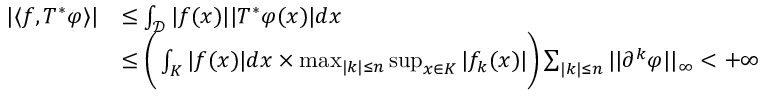
\begin{array} { r l } { | \langle f , T ^ { * } \varphi \rangle | } & { \leq \int _ { \mathcal { D } } | f ( x ) | | T ^ { * } \varphi ( x ) | d x } \\ & { \leq \bigg ( \int _ { K } | f ( x ) | d x \times \operatorname* { m a x } _ { | k | \leq n } \operatorname* { s u p } _ { x \in K } | f _ { k } ( x ) | \bigg ) \sum _ { | k | \leq n } | | \partial ^ { k } \varphi | | _ { \infty } < + \infty } \end{array}